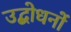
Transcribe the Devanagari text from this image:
उद्बोधनों